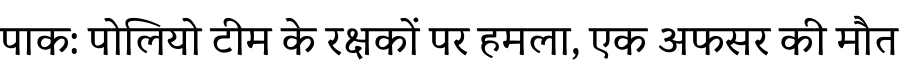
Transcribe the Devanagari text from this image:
पाक: पोलियो टीम के रक्षकों पर हमला, एक अफसर की मौत